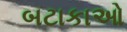
બટાકાઓ